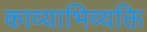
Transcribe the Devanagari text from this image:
काव्याभिव्यक्ति